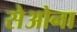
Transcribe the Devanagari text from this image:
सेओना